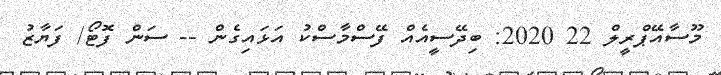
މޫސާއޭޕްރީލް 22 2020: ބިދޭސީއެއް ފޭސްމާސްކު އަޅައިގެން -- ސަން ފޮޓޯ/ ފަޔާޒު